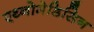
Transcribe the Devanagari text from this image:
एथ्नोमेडिसिन